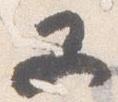
又